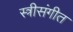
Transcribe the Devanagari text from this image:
स्त्रीसंगीत